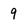
Character: 9